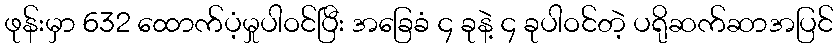
ဖုန်းမှာ 632 ထောက်ပံ့မှုပါဝင်ပြီး အခြေခံ ၄ ခုနဲ့ ၄ ခုပါဝင်တဲ့ ပရိုဆက်ဆာအပြင်